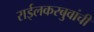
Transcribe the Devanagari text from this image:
राईलकरबुवांची